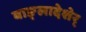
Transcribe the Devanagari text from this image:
बाङ्लादेशेर्